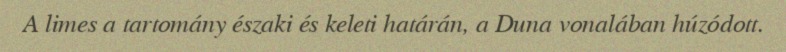
A limes a tartomány északi és keleti határán, a Duna vonalában húzódott.